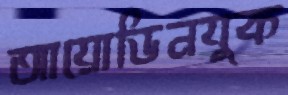
আয়োডিনযুক